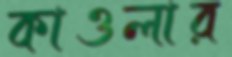
কাওলার